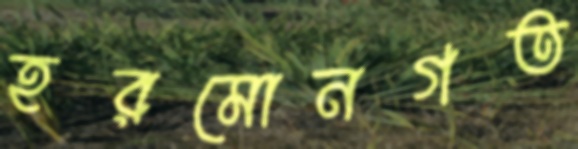
হরমোনগত